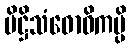
ပိဋ္ဌိသံဓောဝိကမ္ပိ